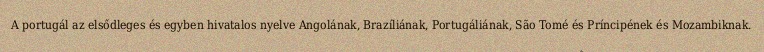
A portugál az elsődleges és egyben hivatalos nyelve Angolának, Brazíliának, Portugáliának, São Tomé és Príncipének és Mozambiknak.